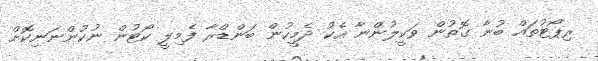
ރިޕޯޓުތައް ބުނާ ގޮތުން ވަކީލުންނާ އެކު ދެމީހުން ބަންޑްރާ ފެމިލީ ކޯޓުން ނުކުންނަނިކޮށް